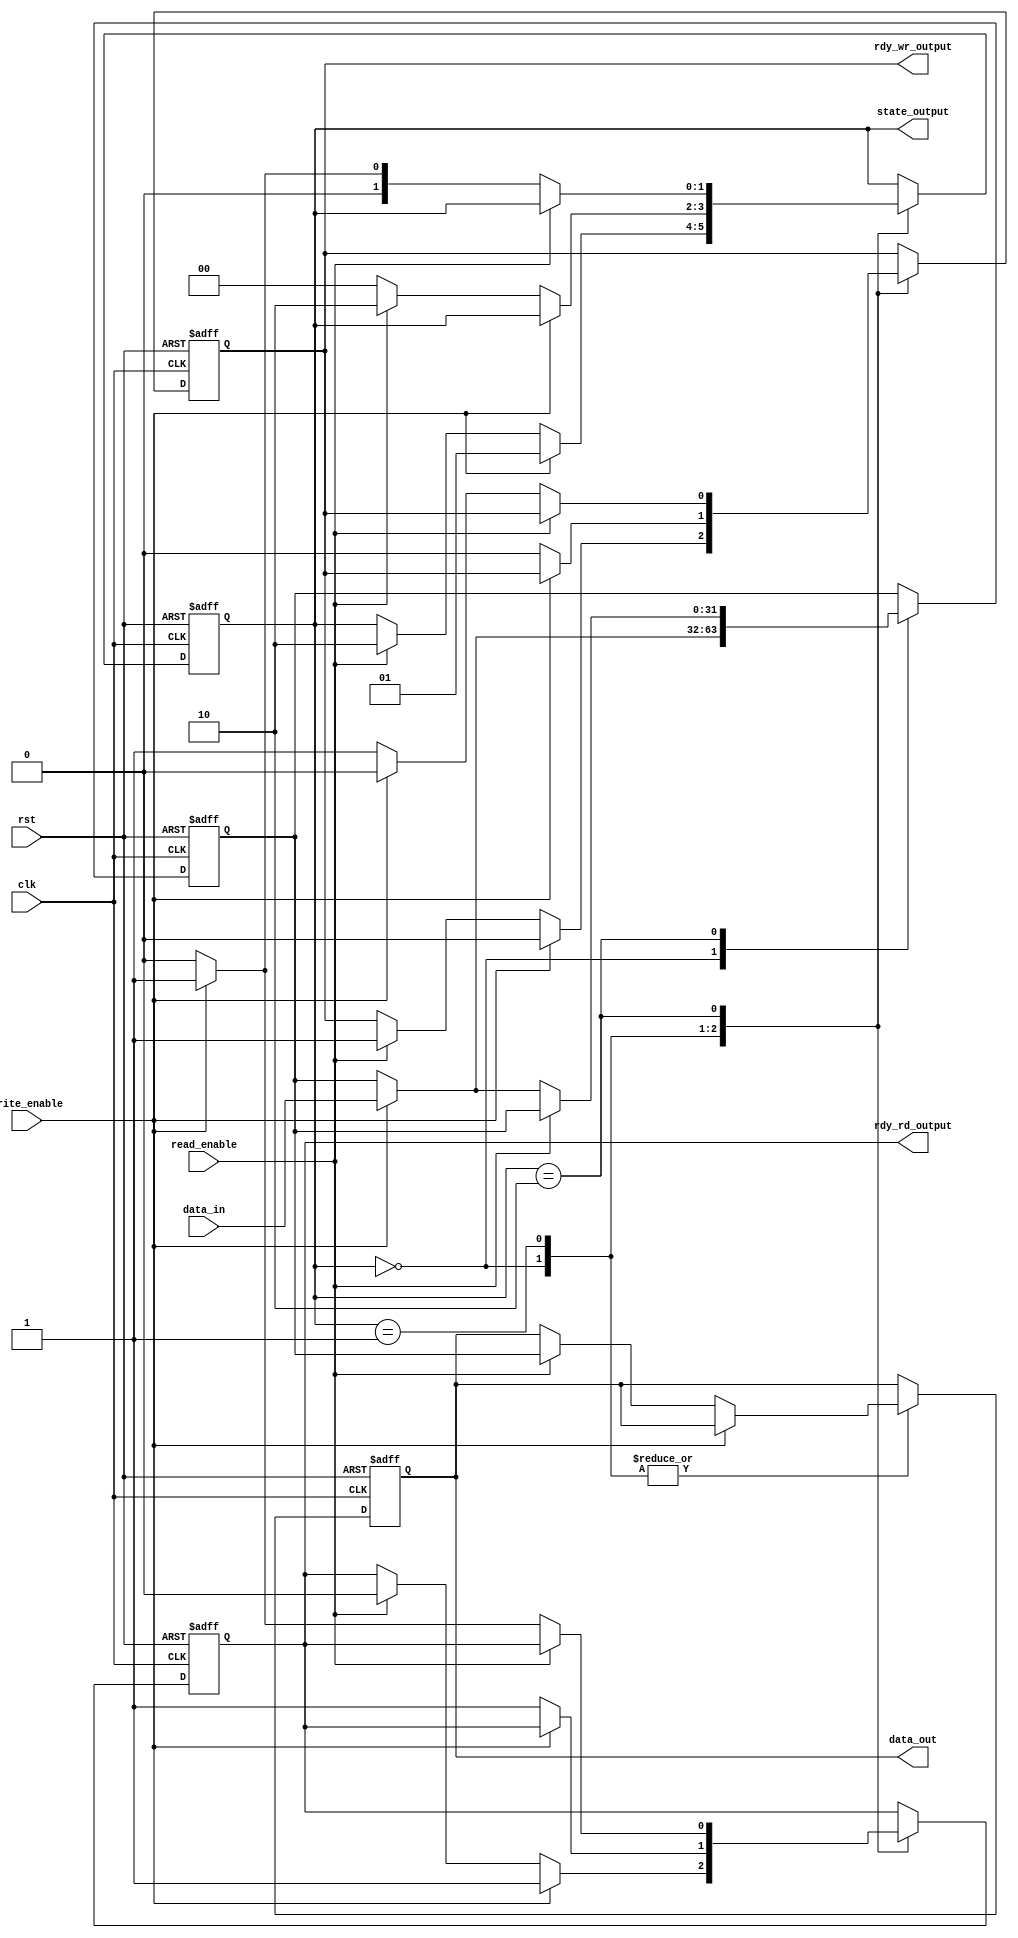
module Mailbox (
  input wire clk,
  input wire rst,
  input wire [31:0] data_in,
  input wire write_enable,
  input wire read_enable,
  output reg [31:0] data_out,
  output wire [1:0] state_output,
  output wire rdy_wr_output,
  output wire rdy_rd_output
);

  reg [31:0] mailbox_data;
  reg [1:0] state;
  reg rdy_wr;
  reg rdy_rd;

  always @(posedge clk or posedge rst) begin
    if (rst) begin  //reset
      state <= 2'b00;
      mailbox_data <= 32'b0;
      data_out <= 32'b0;
		rdy_wr <= 1'b1;
		rdy_rd <= 1'b0;
    end else begin
      case (state)
        2'b00: begin //oczekiwanie
          if (write_enable) begin
			   rdy_wr <= 1'b0;
				rdy_rd <= 1'b1;
            state <= 2'b01;
            mailbox_data <= data_in;
          end else if (read_enable) begin
			   rdy_wr <= 1'b1;
				rdy_rd <= 1'b0;
            state <= 2'b10;
            data_out <= mailbox_data;
          end
        end

        2'b01: begin //zapis
          if (write_enable==0) begin
				if(read_enable)begin
					rdy_wr <= 1'b0;
					rdy_rd <= 1'b1;
					state <= 2'b10;
					data_out <= mailbox_data;
				end
				else begin
					rdy_wr <= 1'b0;
					rdy_rd <= 1'b1;
					state <= 2'b00;
          //mailbox_data <= data_in;

				end
          end
        end

        2'b10: begin //odczyt
          if (read_enable==0) begin
				if(write_enable)begin
					rdy_wr <= 1'b0;
					rdy_rd <= 1'b1;
					state <= 2'b01;
					mailbox_data <= data_in;
				end
				else begin
					rdy_wr <= 1'b1;
					rdy_rd <= 1'b0;
					state <= 2'b00;
          //data_out <= mailbox_data;
				end
          end
        end
      endcase
    end
  end

  assign state_output = state;
  assign rdy_wr_output = rdy_wr;
  assign rdy_rd_output = rdy_rd;

endmodule